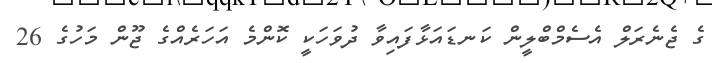
ގެ ޖެނެރަލް އެސެމްބްލީން ކަނޑައަޅާފައިވާ ދުވަހަކީ ކޮންމެ އަހަރެއްގެ ޖޫން މަހުގެ 26